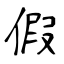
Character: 假